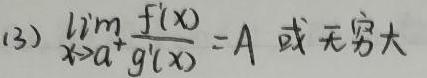
(3) $\lim_{x \to a^{+}} \frac{f(x)}{g(x)} = A$ 或 无穷大